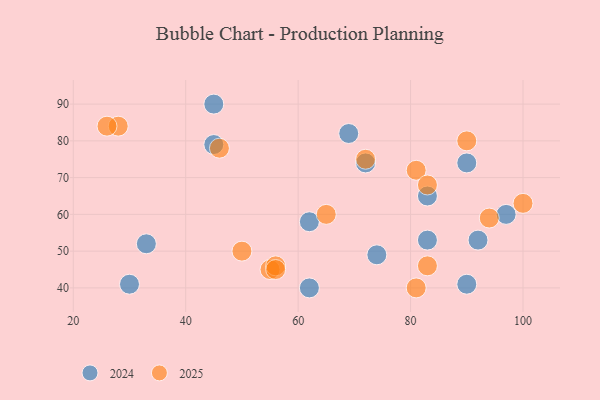
{"axis": {"x": "GDP", "y": "Life Expectancy"}, "legend": ["2024", "2025"], "data": [{"x": "55", "y": 45, "type": "2025"}, {"x": "65", "y": 60, "type": "2025"}, {"x": "56", "y": 46, "type": "2025"}, {"x": "94", "y": 59, "type": "2025"}, {"x": "28", "y": 84, "type": "2025"}, {"x": "100", "y": 63, "type": "2025"}, {"x": "56", "y": 45, "type": "2025"}, {"x": "81", "y": 72, "type": "2025"}, {"x": "81", "y": 40, "type": "2025"}, {"x": "26", "y": 84, "type": "2025"}, {"x": "83", "y": 68, "type": "2025"}, {"x": "72", "y": 75, "type": "2025"}, {"x": "90", "y": 80, "type": "2025"}, {"x": "50", "y": 50, "type": "2025"}, {"x": "83", "y": 46, "type": "2025"}, {"x": "46", "y": 78, "type": "2025"}, {"x": "83", "y": 65, "type": "2024"}, {"x": "30", "y": 41, "type": "2024"}, {"x": "83", "y": 53, "type": "2024"}, {"x": "74", "y": 49, "type": "2024"}, {"x": "62", "y": 58, "type": "2024"}, {"x": "45", "y": 79, "type": "2024"}, {"x": "69", "y": 82, "type": "2024"}, {"x": "45", "y": 90, "type": "2024"}, {"x": "90", "y": 74, "type": "2024"}, {"x": "92", "y": 53, "type": "2024"}, {"x": "90", "y": 41, "type": "2024"}, {"x": "33", "y": 52, "type": "2024"}, {"x": "72", "y": 74, "type": "2024"}, {"x": "97", "y": 60, "type": "2024"}, {"x": "62", "y": 40, "type": "2024"}]}